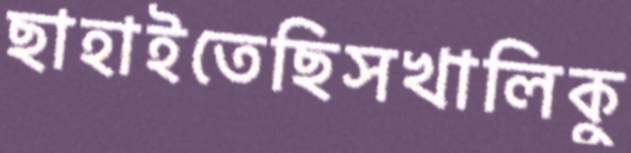
ছাহাইতেছিসখালিকু